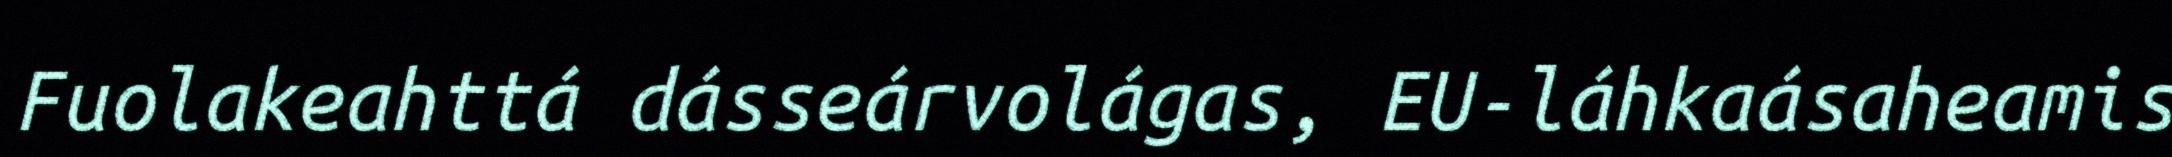
Fuolakeahttá dásseárvolágas, EU-láhkaásaheamis